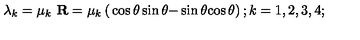
\lambda _ { k } = \mu _ { k } \ { \bf R } = \mu _ { k } \left( \begin{matrix} { \hfill \cos \theta } & { \sin \theta } \\ { \hfill - \sin \theta } & { \cos \theta } \\ \end{matrix} \right) ; k = 1 , 2 , 3 , 4 ;